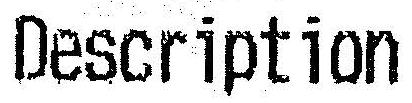
DESCRIPTION